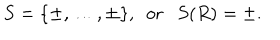
S = \{ \pm , \dots , \pm \} , ~ ~ \mathrm { o r } S ( R ) = \pm .